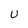
Character: U